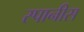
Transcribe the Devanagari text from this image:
स्पानीस